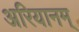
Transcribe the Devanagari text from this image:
अरियानम्